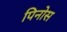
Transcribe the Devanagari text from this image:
पिनोस